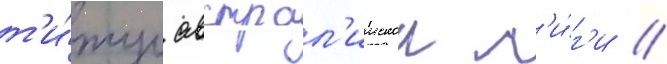
т'и́тул австрал'иискои л'и́г'и //